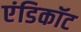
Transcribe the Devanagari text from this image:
एंडिकॉट